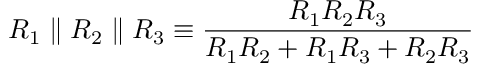
R _ { 1 } \parallel R _ { 2 } \parallel R _ { 3 } \equiv { \frac { R _ { 1 } R _ { 2 } R _ { 3 } } { R _ { 1 } R _ { 2 } + R _ { 1 } R _ { 3 } + R _ { 2 } R _ { 3 } } }